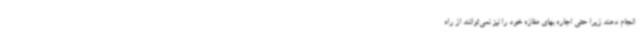
انجام دهند زیرا حتی اجاره بهای مغازه خود را نیز نمی‌توانند از راه